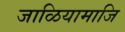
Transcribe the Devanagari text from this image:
जाळियामाजि